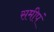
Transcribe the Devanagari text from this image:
समीपं